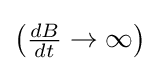
{\textstyle \left({\frac {dB}{dt}}\to \infty \right)}